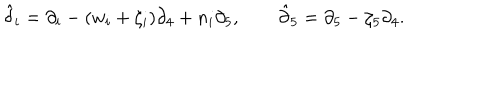
LaTeX: \hat { { \delta } } _ { i } = \partial _ { i } - ( w _ { i } + \zeta _ { i } ) \partial _ { 4 } + n _ { i } \partial _ { 5 } , \qquad \hat { { \partial } } _ { 5 } = \partial _ { 5 } - \zeta _ { 5 } \partial _ { 4 } .